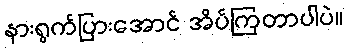
နားရွက်ပြားအောင် အိပ်ကြတာပါပဲ။